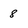
Character: 8